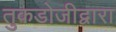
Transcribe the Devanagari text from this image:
तुकडोजीद्वारा